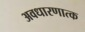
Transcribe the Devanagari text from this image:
अवधारणात्क